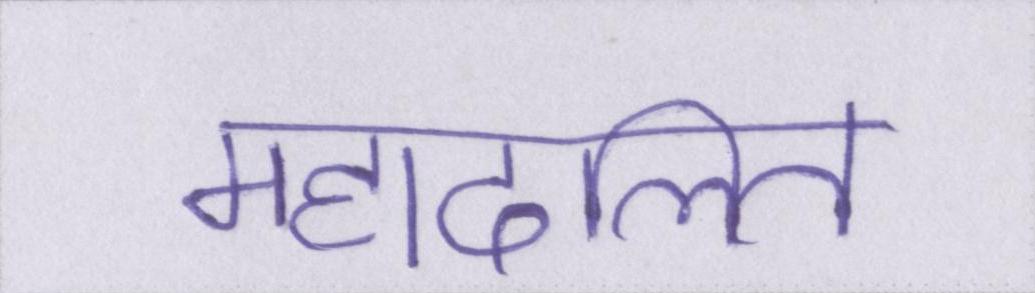
महादलित